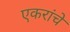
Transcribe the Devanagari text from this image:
एकरांचे